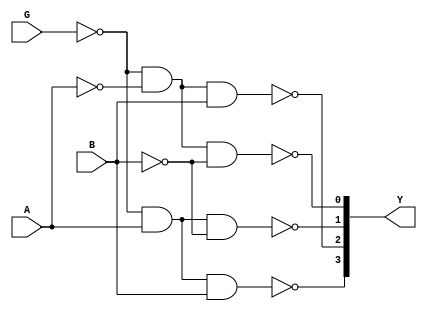
`timescale 1ns / 1ps
//////////////////////////////////////////////////////////////////////////////////
// Company: 
// Engineer: 
// 
// Design Name: 
// Module Name:    v74x139h_a 
// Project Name: 
// Target Devices: 
// Tool versions: 
// Description: 
//
// Dependencies: 
//
// Revision: 
// Revision 0.01 - File Created
// Additional Comments: 
//
//////////////////////////////////////////////////////////////////////////////////
module v74x139h_a(
    input G,
    input A,
    input B,
    output [3:0] Y
    );
	 
	 wire N_A, N_B, N_G;
	 
	 not T1(N_G, G);
	 not T2(N_A, A);
	 not T3(N_B, B);
	 
	 nand T4(Y[0], N_G, N_A, N_B);
	 nand T5(Y[1], N_G, A, N_B);
	 nand T6(Y[2], N_G, N_A, B);
	 nand T7(Y[3], N_G, A, B);

endmodule